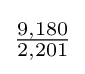
{\tfrac {9,180}{2,201}}